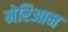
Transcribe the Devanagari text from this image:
मेरिआन